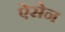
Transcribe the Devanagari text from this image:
ऐसेन